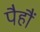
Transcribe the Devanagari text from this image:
पैहौं